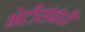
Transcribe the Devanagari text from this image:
भेटीसंबंधी